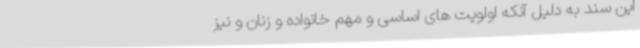
این سند به دلیل آنکه اولویت های اساسی و مهم خانواده و زنان و نیز